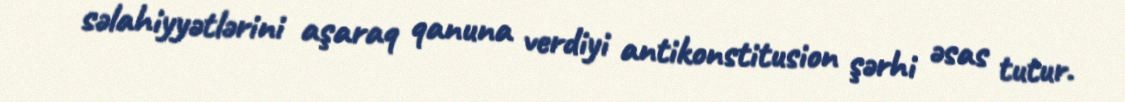
səlahiyyətlərini aşaraq qanuna verdiyi antikonstitusion şərhi əsas tutur.